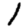
Digit: 1